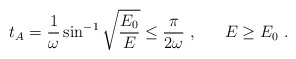
\begin{align*}t_A = \frac{1}{\omega} \sin^{-1}\sqrt{\frac{E_0}{E}} \leq\frac{\pi}{2\omega}\ , \ \ \ \ \ E\geq E_0\ .\end{align*}